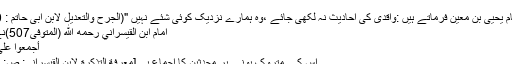
”
اور امام يحيى بن معين فرماتے ہیں :واقدی کی احادیث نہ لکھی جائے ،وہ ہمارے نزدیک کوئی شئے نہیں "(الجرح والتعدیل لابن ابی حاتم : 8/20)
امام ابن القيسراني رحمه الله (المتوفى507)نے کہا:​
أجمعوا على تركه
اس کے متروک ہونے پر محدثین کا اجماع ہے[معرفة التذكرة لابن القيسراني: ص: 163]۔